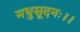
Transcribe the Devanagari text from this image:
मधुसूदनः।।